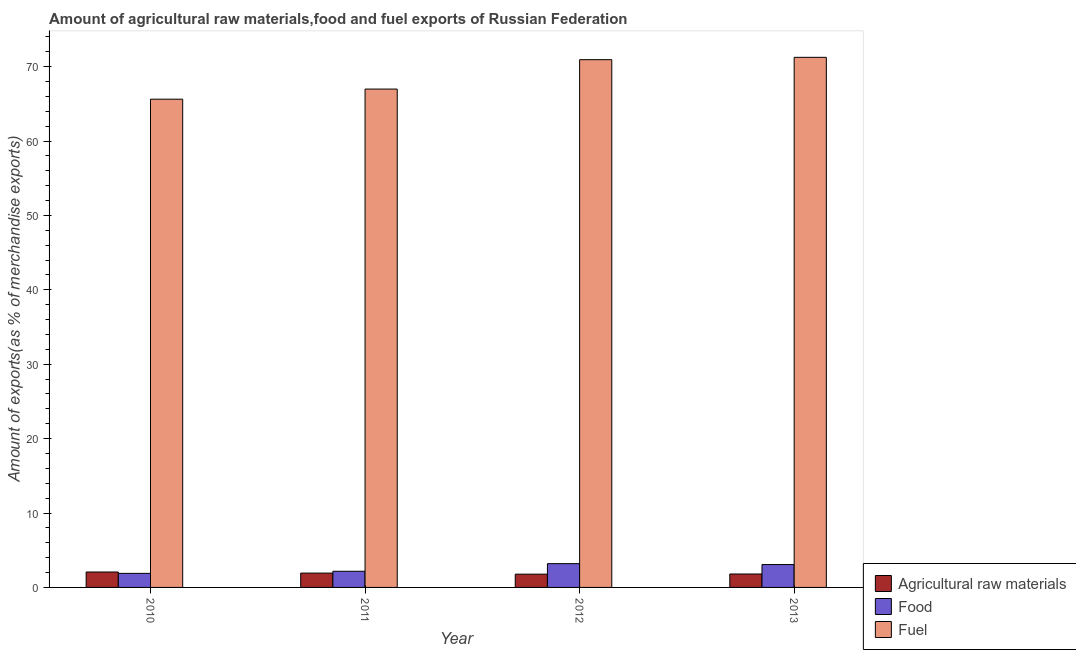
| Year | Agricultural raw materials | Food | Fuel |
 | --- | --- | --- | --- |
 | 2010 | 2.07 | 1.89 | 65.6 |
 | 2011 | 1.93 | 2.17 | 67 |
 | 2012 | 1.78 | 3.2 | 70.9 |
 | 2013 | 1.8 | 3.07 | 71.2 |